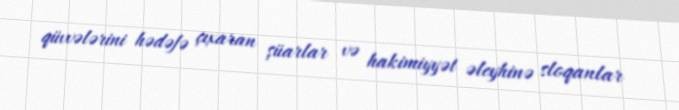
qüvvələrini hədəfə çıxaran şüarlar və hakimiyyət əleyhinə sloqanlar